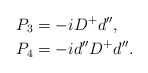
\begin{align*}P_3 & = -iD^+d^{\prime\prime} , \\P_4 & = -id^{\prime\prime}D^+d^{\prime\prime} .\end{align*}